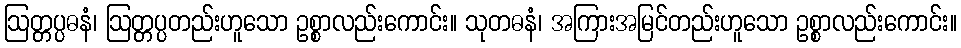
ဩတ္တပ္ပဓနံ၊ ဩတ္တပ္ပတည်းဟူသော ဥစ္စာလည်းကောင်း။ သုတဓနံ၊ အကြားအမြင်တည်းဟူသော ဥစ္စာလည်းကောင်း။